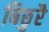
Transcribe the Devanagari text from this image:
बिछुरै